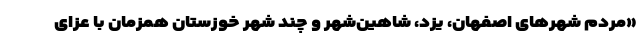
«مردم شهرهای اصفهان، یزد، شاهین‌شهر و چند شهر خوزستان همزمان با عزای